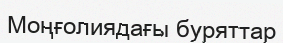
Моңғолиядағы буряттар